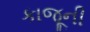
કાજૂની